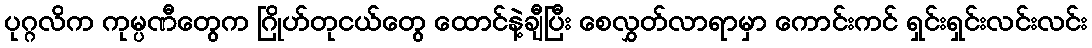
ပုဂ္ဂလိက ကုမ္ပဏီတွေက ဂြိုဟ်တုငယ်တွေ ထောင်နဲ့ချီပြီး စေလွှတ်လာရာမှာ ကောင်းကင် ရှင်းရှင်းလင်းလင်း